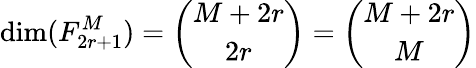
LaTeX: \mathrm{dim}(F_{2r+1}^{M})={\binom{M+2r}{2r}}={\binom{M+2r}{M}}